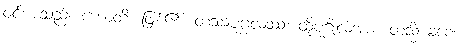
ဝင်စားသည်။ ဟောတိ၊ ဖြစ်၏။ တဿပုဂ္ဂလဿ၊ ထိုပုဂ္ဂိုလ်အား။ တသ္မိံ ခဏေ၊